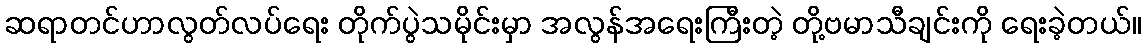
ဆရာတင်ဟာလွတ်လပ်ရေး တိုက်ပွဲသမိုင်းမှာ အလွန်အရေးကြီးတဲ့ တို့ဗမာသီချင်းကို ရေးခဲ့တယ်။